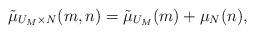
LaTeX: \begin{align*}\tilde \mu_{U_M \times N}(m, n) = \tilde \mu_{U_M}(m) + \mu_N(n),\end{align*}